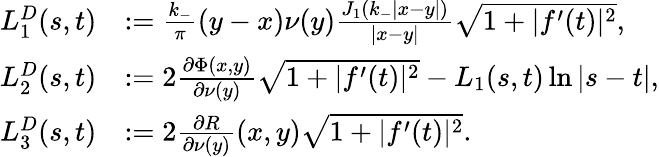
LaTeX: \begin{array}{rl}{L_{1}^{D}(s,t)}&{:=\frac{k_{-}}{\pi}(y-x)\nu(y)\frac{J_{1}(k_{-}|x-y|)}{|x-y|}\sqrt{1+|f^{\prime}(t)|^{2}},}\\ {L_{2}^{D}(s,t)}&{:=2\frac{\partial\Phi(x,y)}{\partial\nu(y)}\sqrt{1+|f^{\prime}(t)|^{2}}-L_{1}(s,t)\ln|s-t|,}\\ {L_{3}^{D}(s,t)}&{:=2\frac{\partial R}{\partial\nu(y)}(x,y)\sqrt{1+|f^{\prime}(t)|^{2}}.}\end{array}